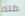
ذللك